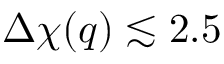
\Delta \chi ( q ) \lesssim 2 . 5 \